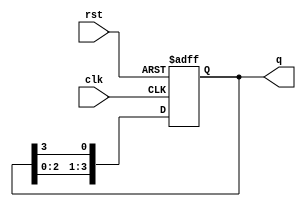
module bistable_ring_counter #(
    parameter WIDTH = 4  // Number of flip-flops
) (
    input  wire clk,     // Clock signal
    input  wire rst,     // Asynchronous reset signal
    output reg [WIDTH-1:0] q // Output state of the flip-flops
);

    // Initial state of the counter
    initial begin
        q = 1'b1; // Start with the first flip-flop set to 1 and others to 0
    end

    always @(posedge clk or posedge rst) begin
        if (rst) begin
            q <= 1'b1; // Reset the counter to the initial state
        end else begin
            // Shift the state circularly through the flip-flops
            q <= {q[WIDTH-2:0], q[WIDTH-1]}; // Shift left
        end
    end

endmodule